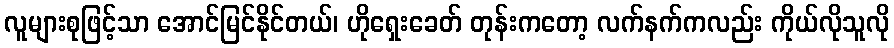
လူများစုဖြင့်သာ အောင်မြင်နိုင်တယ်၊ ဟိုရှေးခေတ် တုန်းကတော့ လက်နက်ကလည်း ကိုယ်လိုသူလို